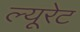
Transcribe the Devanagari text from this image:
ल्यूरेट